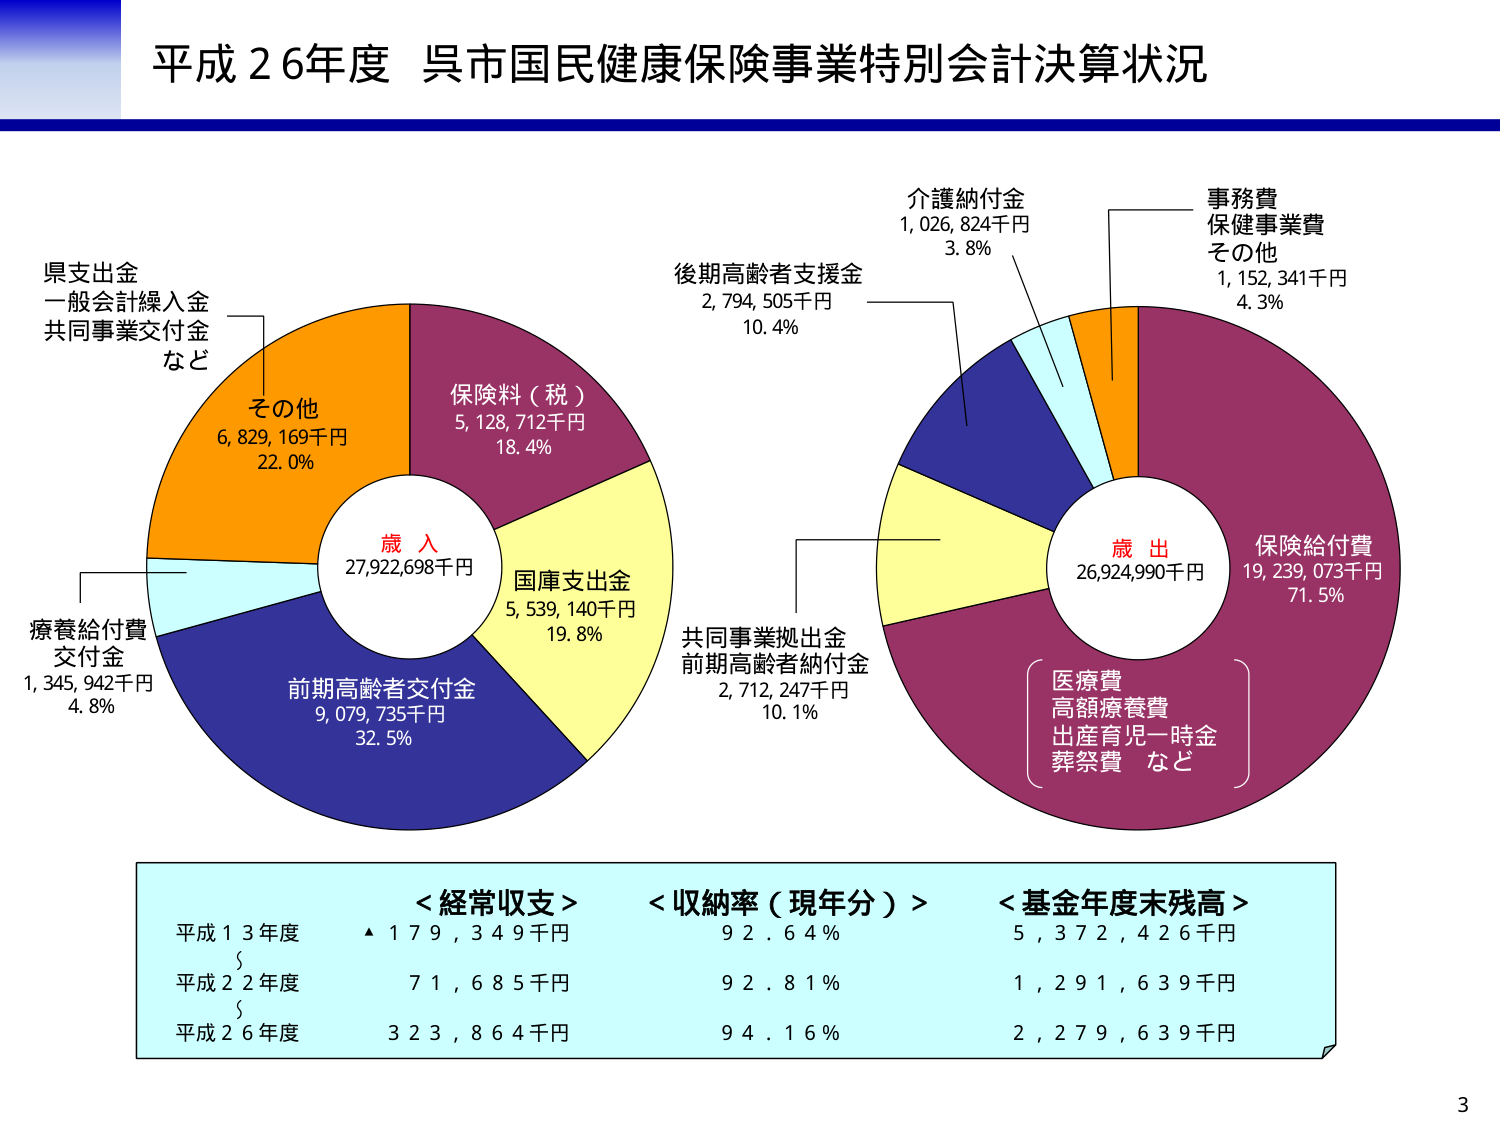
平成２６年度 呉市国民健康保険事業特別会計決算状況

歳入
27,922,698千円

県支出金
一般会計繰入金
共同事業交付金
など

その他
6,829,169千円
22.0%

保険料（税）
5,128,712千円
18.4%

国庫支出金
5,539,140千円
19.8%

前期高齢者交付金
9,079,735千円
32.5%

療養給付費
交付金
1,345,942千円
4.8%

歳出
26,924,990千円

保険給付費
19,239,073千円
71.5%

（医療費
高額療養費
出産育児一時金
葬祭費 など）

共同事業拠出金
前期高齢者納付金
2,712,247千円
10.1%

後期高齢者支援金
2,794,505千円
10.4%

介護納付金
1,026,824千円
3.8%

事務費
保健事業費
その他
1,152,341千円
4.3%

＜経常収支＞
平成１３年度 ▲１７９，３４９千円
平成２２年度 ７１，６８５千円
平成２６年度 ３２３，８６４千円

＜収納率（現年分）＞
９２．６４％
９２．８１％
９４．１６％

＜基金年度末残高＞
５，３７２，４２６千円
１，２９１，６３９千円
２，２７９，６３９千円

3